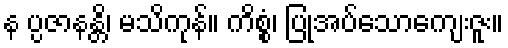
န ပ္ပဇာနန္တိ၊ မသိကုန်။ ကိစ္စံ၊ ပြုအပ်သောကျေးဇူး။